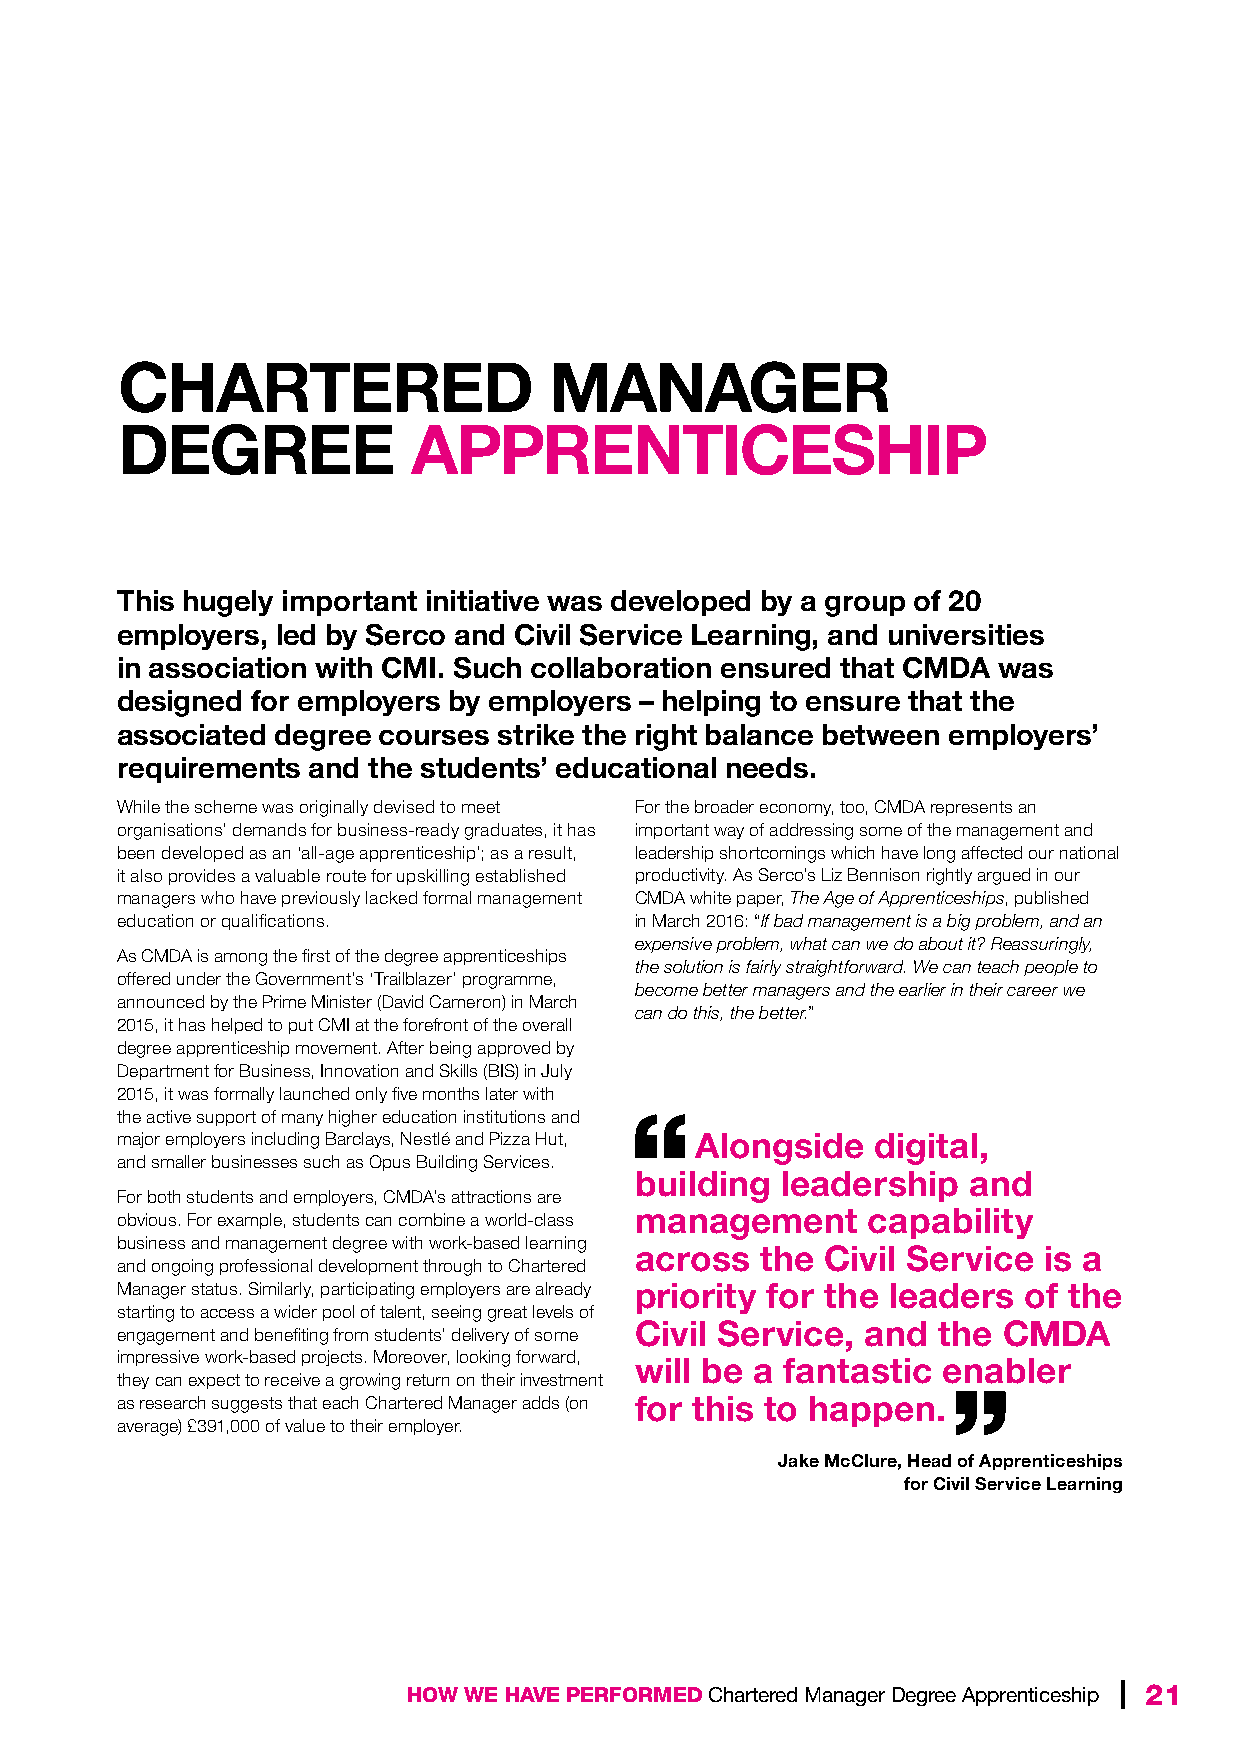
CHARTERED                   MANAGER
 DEGREE             APPRENTICESHIP
 This hugely important initiative was developed by a group of 20
 employers, led by Serco and Civil Service Learning, and universities
 in association with CMI. Such collaboration ensured that CMDA was
 designed for employers by employers – helping to ensure that the
 associated degree courses strike the right balance between employers’
 requirements and the students’ educational needs.
 While the scheme was originally devised to meet For the broader economy, too, CMDA represents an
 organisations’ demands for business-ready graduates, it has important way of addressing some of the management and
 been developed as an ‘all-age apprenticeship’; as a result, leadership shortcomings which have long affected our national
 it also provides a valuable route for upskilling established productivity. As Serco’s Liz Bennison rightly argued in our
 managers who have previously lacked formal management CMDA white paper, The Age of Apprenticeships, published
 education or qualifications.      in March 2016: “If bad management is a big problem, and an
 expensive problem, what can we do about it? Reassuringly,
 As CMDA is among the first of the degree apprenticeships
 the solution is fairly straightforward. We can teach people to
 offered under the Government’s ‘Trailblazer’ programme,
 become better managers and the earlier in their career we
 announced by the Prime Minister (David Cameron) in March
 can do this, the better.”
 2015, it has helped to put CMI at the forefront of the overall
 degree apprenticeship movement. After being approved by
 Department for Business, Innovation and Skills (BIS) in July
 2015, it was formally launched only five months later with
 the active support of many higher education institutions and
 major employers including Barclays, Nestlé and Pizza Hut, Alongside digital,
 and smaller businesses such as Opus Building Services.
 building  leadership  and
 For both students and employers, CMDA’s attractions are
 management     capability
 obvious. For example, students can combine a world-class
 business and management degree with work-based learning
 across  the  Civil Service is a
 and ongoing professional development through to Chartered
 Manager status. Similarly, participating employers are already priority for the leaders of the
 starting to access a wider pool of talent, seeing great levels of
 Civil Service, and  the CMDA
 engagement and benefiting from students’ delivery of some
 impressive work-based projects. Moreover, looking forward, will be a fantastic enabler
 they can expect to receive a growing return on their investment
 as research suggests that each Chartered Manager adds (on for this to happen.
 average) £391,000 of value to their employer.
 Jake McClure, Head of Apprenticeships
 for Civil Service Learning
 HOW WE HAVE PERFORMED Chartered Manager Degree Apprenticeship | 21